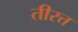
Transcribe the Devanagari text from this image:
तीरत्त